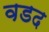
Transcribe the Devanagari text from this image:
वडद